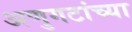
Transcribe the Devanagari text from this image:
अणुगटांच्या